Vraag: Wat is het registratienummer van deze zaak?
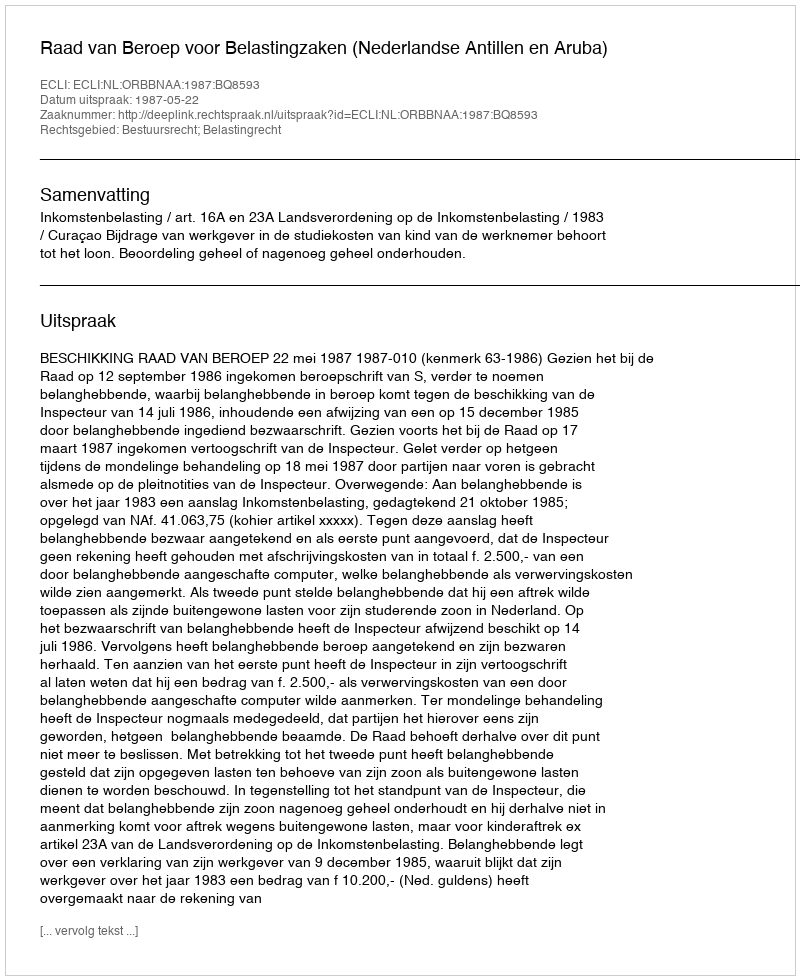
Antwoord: http://deeplink.rechtspraak.nl/uitspraak?id=ECLI:NL:ORBBNAA:1987:BQ8593